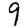
Digit: 9